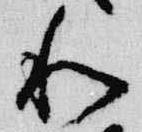
和